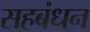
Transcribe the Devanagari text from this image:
सहबंधन